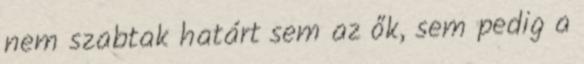
nem szabtak határt sem az ők, sem pedig a